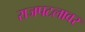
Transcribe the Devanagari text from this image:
राजपटलावर